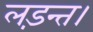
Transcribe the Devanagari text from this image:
लड़न्त।